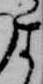
す